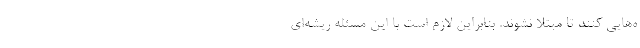
ه‌هایی کنند تا مبتلا نشوند. بنابراین لازم است با این مسئله ریشه‌ای